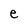
Character: e